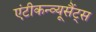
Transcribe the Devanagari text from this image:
एंटीकन्व्यूसैंट्स